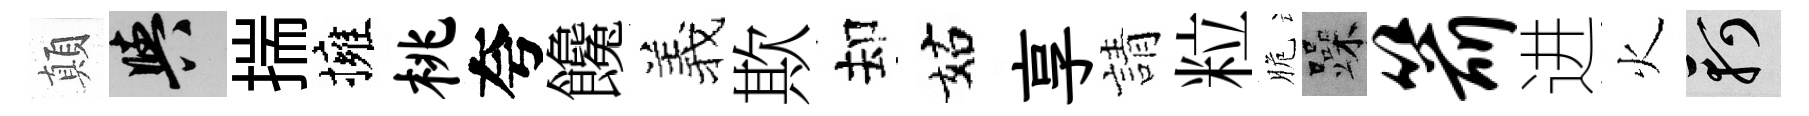
顛阳揣擁桃夸饞羲欺却姑享請粒脆躁箭进火軻